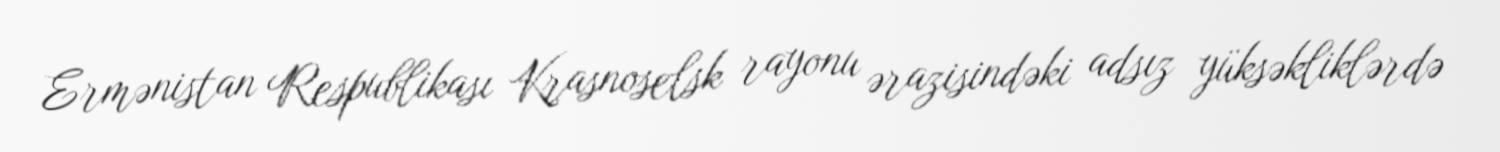
Ermənistan Respublikası Krasnoselsk rayonu ərazisindəki adsız yüksəkliklərdə